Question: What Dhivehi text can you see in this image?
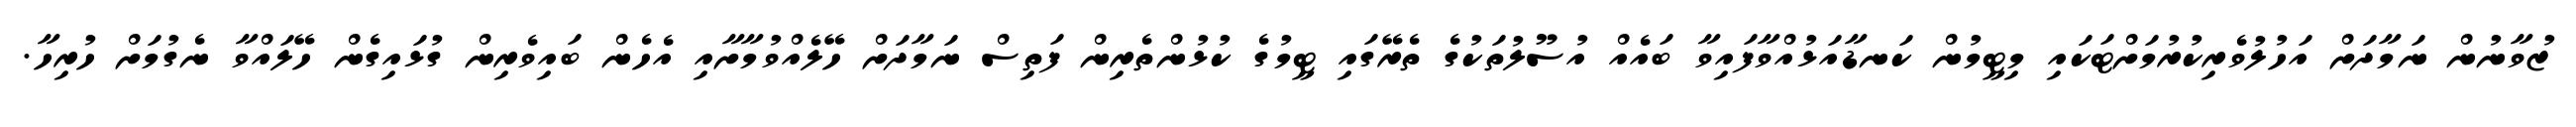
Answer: ޒުވާނުން ނަމާދަށް އަހުލުވެރިކުރުމަށްޓަކައި މިޓީމުން ކަނޑާއަޅުއްވާފައިވާ ބައެއް އުސޫލުތަކުގެ ތެރޭގައި ޓީމުގެ ކުޅުންތެރިން ފަތިސް ނަމާދަށް ހޭލެއްވުމާށާއި އެހެން ބައިވެރިން ގުޅައިގެން ހޭލައްވާ ނެގުމަށް ހުރިހާ.